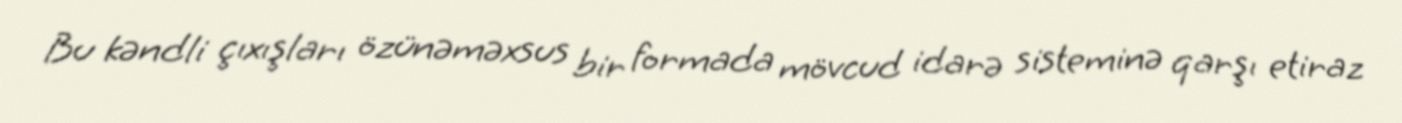
Bu kəndli çıxışları özünəməxsus bir formada mövcud idarə sisteminə qarşı etiraz